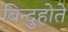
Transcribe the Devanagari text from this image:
बिन्दुहोते